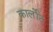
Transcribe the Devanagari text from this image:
कार्लोट